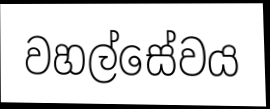
වහල්සේවය